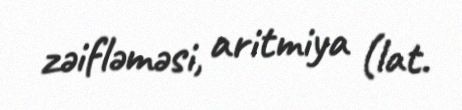
zəifləməsi, aritmiya (lat.